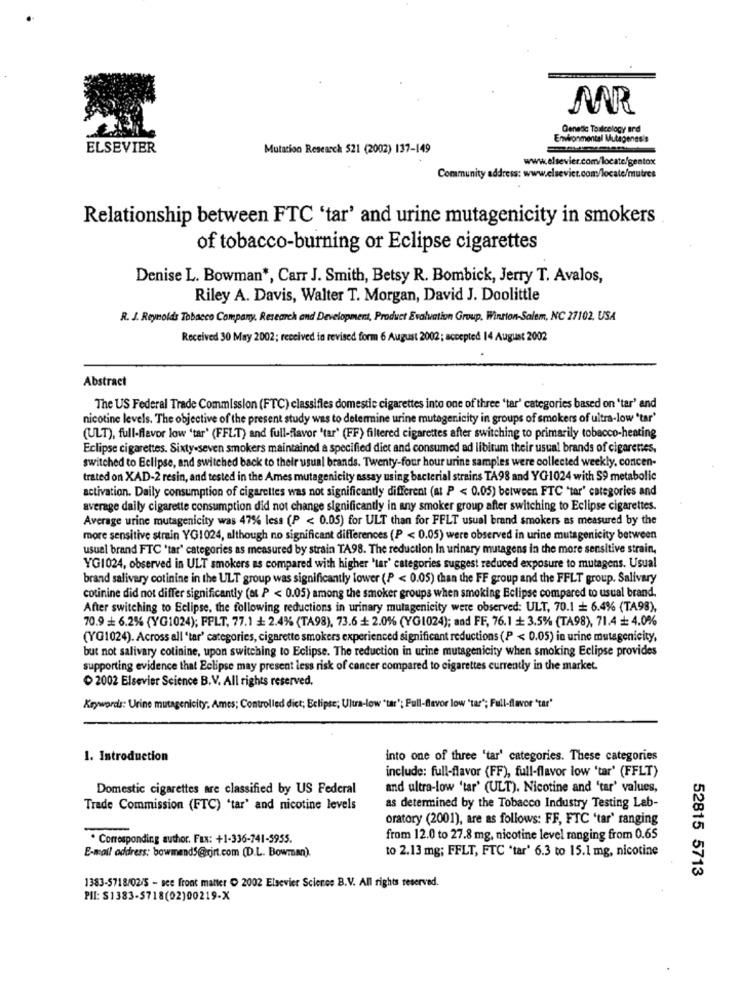
MAR
Genetic Toulcelogy and
Environmental Mutagenesis
ELSEVIER
Mutation Research 521 (2002) 137-149
www.elsevier.com/locate/gentox
Community address: www.elsevier.com/locate/mutres
Relationship between FTC 'tar' and urine mutagenicity in smokers
of tobacco-burning or Eclipse cigarettes
Denise L. Bowman *, Carr J. Smith, Betsy R. Bombick, Jerry T. Avalos,
Riley A. Davis, Walter T. Morgan, David J. Doolittle
R. J. Reynolds Tobacco Company, Research and Development, Product Evalvation Group. Winston-Salem, NC 27102, USA
Received 30 May 2002 ; received in revised form 6 August 2002 ; accepted 14 August 2002
Abstract
The US Federal Trade Commission (FTC) classifies domestic cigarettes into one of three 'tar' categories based on "tar' and
nicotine levels. The objective of the present study was to determine urine mutagenicity in groups of smokers of ultra-low "tar'
(ULT), full-flavor low 'tar' (FFLT) and full-flavor 'tar' (FF) filtered cigarettes after switching to primarily tobacco-henting
Eclipse cigarettes. Sixty-seven smokers maintained a specified diet and consumed ad libitum their usual brands of cigarettes.
switched to Eclipse, and switched back to their usual brands. Twenty-four hour urine samples were collected weekly, concen-
trated on XAD-2 resin, and tested in the Ames mutagenicity assay using bacterial strains TA98 and YG1024 with S9 metabolic
activation. Daily consumption of cigarettes was not significantly different (at P < 0.05) between FTC "tar' categories and
average daily cigarette consumption did not change significantly in any smoker group after switching to Eclipse cigarettes.
Average urine mutagenicity was 47% less (P < 0.05) for ULT than for FFLT usual brand smokers as measured by the
more sensitive strain YG1024, although no significant differences (P < 0.05) were observed in urine mutagenicity between
usual brand FTC 'tar" categories as measured by strain TA98. The reduction In urinary mutagens in the more sensitive strain,
YG1024, observed in ULT smokers as compared with higher 'lar' categories suggest reduced exposure to mutagens. Usual
brand salivary cotinine in the ULT group was significantly lower (P < 0.05) than the FF group and the FFLT group. Salivary
cotinine did not differ significantly (at P < 0.05) among the smoker groups when smoking Eclipse compared to usual brand.
After switching to Eclipse, the following reductions in urinary mutagenicity were observed: ULT, 70.1 + 6.4% (TA98),
70.9 =+ 6.2% (YG1024); PPLT, 77.1 + 2.4% (TA98), 73.6 + 2.0% (YG1024); and FF, 76.1 + 3.5% (TA98), 71.4 + 4.0%
(YG1024). Across all 'tar' categories, cigarette smokers experienced significant reductions (P < 0.05) in urine mutagenicity,
but not salivary cotinine, upon switching to Eclipse. The reduction in urine mutagenicity when smoking Eclipse provides
supporting evidence that Eclipse may present less risk of cancer compared to cigarettes currently in the market.
2002 Elsevier Science B.V. All rights reserved.
Keywords: Urine mutagenicity, Ames; Controlled dict; Eclipse; Ultra-low "tar'; Full-Bevor low 'tar"; Full-flavor 'tar'
1. Introduction
into one of three 'tar' categories. These categories
include: full-flavor (FF), full-flavor low 'tar' (FFLT)
Domestic cigarettes are classified by US Federal
and ultra-low 'tar' (ULT). Nicotine and 'tar' values,
Trade Commission (FTC) 'tar' and nicotine levels
as determined by the Tobacco Industry Testing Lab-
oratory (2001), are as follows: FF, FTC 'tar' ranging
. Corresponding author. Fax: +1-336-741-5955.
from 12.0 to 27.8 mg, nicotine level ranging from 0.65
to 2.13 mg; FFLT, FTC 'tar' 6.3 to 15.1 mg, nicotine
E-mail address: bowmand5@xjrt.com (D.L. Bowman).
52815 5713
1383-5718/02/5 - see front matter . 2002 Elsevier Science B.V. All rights reserved.
PII: $1383-5718(02)00219-X